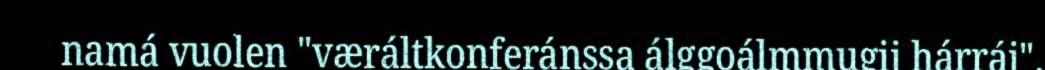
namá vuolen "væráltkonferánssa álggoálmmugij hárráj",